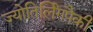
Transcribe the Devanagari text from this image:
ज्योतिर्लिंगपैकी